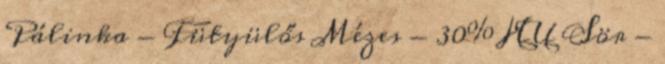
Pálinka - Fütyülős Mézes - 30% HU Sör -